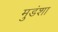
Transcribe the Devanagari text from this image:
मुडंशा